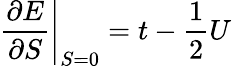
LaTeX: \left.\frac{\partial E}{\partial S}\right|_{S=0}=t-\frac{1}{2}U